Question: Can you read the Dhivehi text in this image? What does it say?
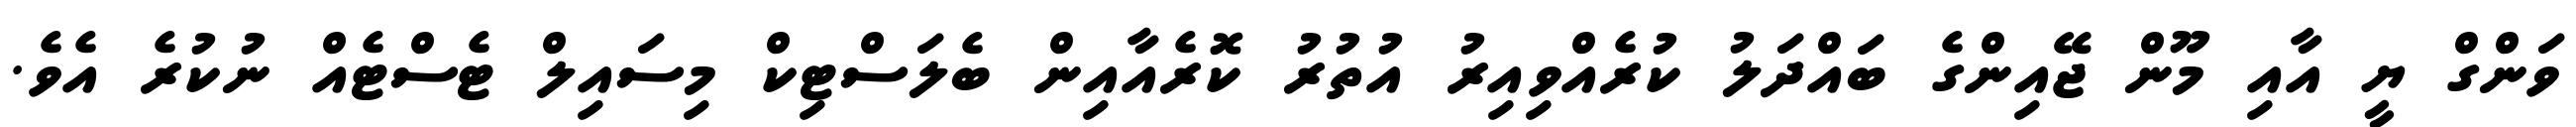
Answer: ވަންގް ޔީ އާއި މޫން ޖޭއިންގެ ބައްދަލު ކުރެއްވިއިރު އުތުރު ކޮރެއާއިން ބެލަސްޓިކް މިސައިލް ޓެސްޓެއް ނުކުރެ އެވެ.